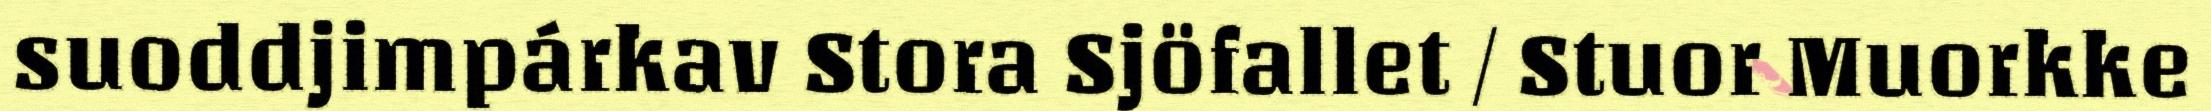
suoddjimpárkav Stora Sjöfallet / Stuor Muorkke